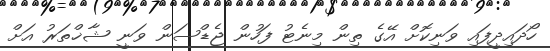
ހޯދައިދީފައި ވަނިކޮށް އޭގެ ތިން މިނެޓު ފަހުން ޖެޑްސަން ވަނީ ޝާޚްތަރު އަށް